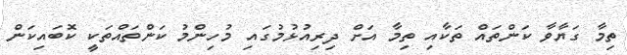
ތިމާ ގަޔާވާ ކަންތައް ތަކާއި ތިމާ އަށް ދިރިއުޅުމުގައި މުހިންމު ކަންތައްތަކީ ކޮބައިކަން